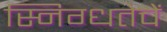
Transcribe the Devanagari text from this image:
स्निग्धतेचें